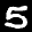
Label: 5